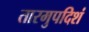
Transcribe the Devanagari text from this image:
तारमुपदिशं